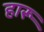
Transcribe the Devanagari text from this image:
हारू